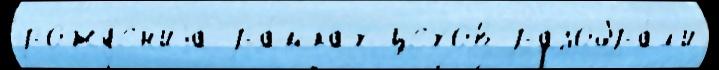
рожд'е́н'иjа ра́мках цехов разобра́л'и